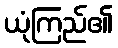
ယုံကြည်၏